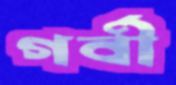
গর্বী